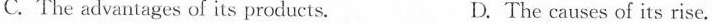
C. The advantages of its products. D. The causes of its rise.